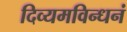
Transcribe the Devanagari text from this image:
दिव्यमविन्धनं